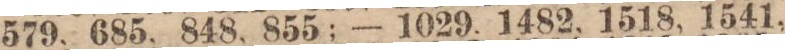
579, 685, 848, 855; — 1029, 1482, 1518, 1541,